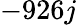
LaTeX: -926j